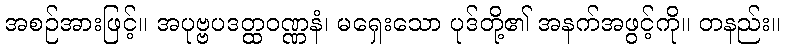
အစဉ်အားဖြင့်။ အပုဗ္ဗပဒတ္ထဝဏ္ဏနံ၊ မရှေးသော ပုဒ်တို့၏ အနက်အဖွင့်ကို။ တနည်း။